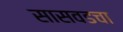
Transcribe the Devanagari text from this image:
सासवडचा